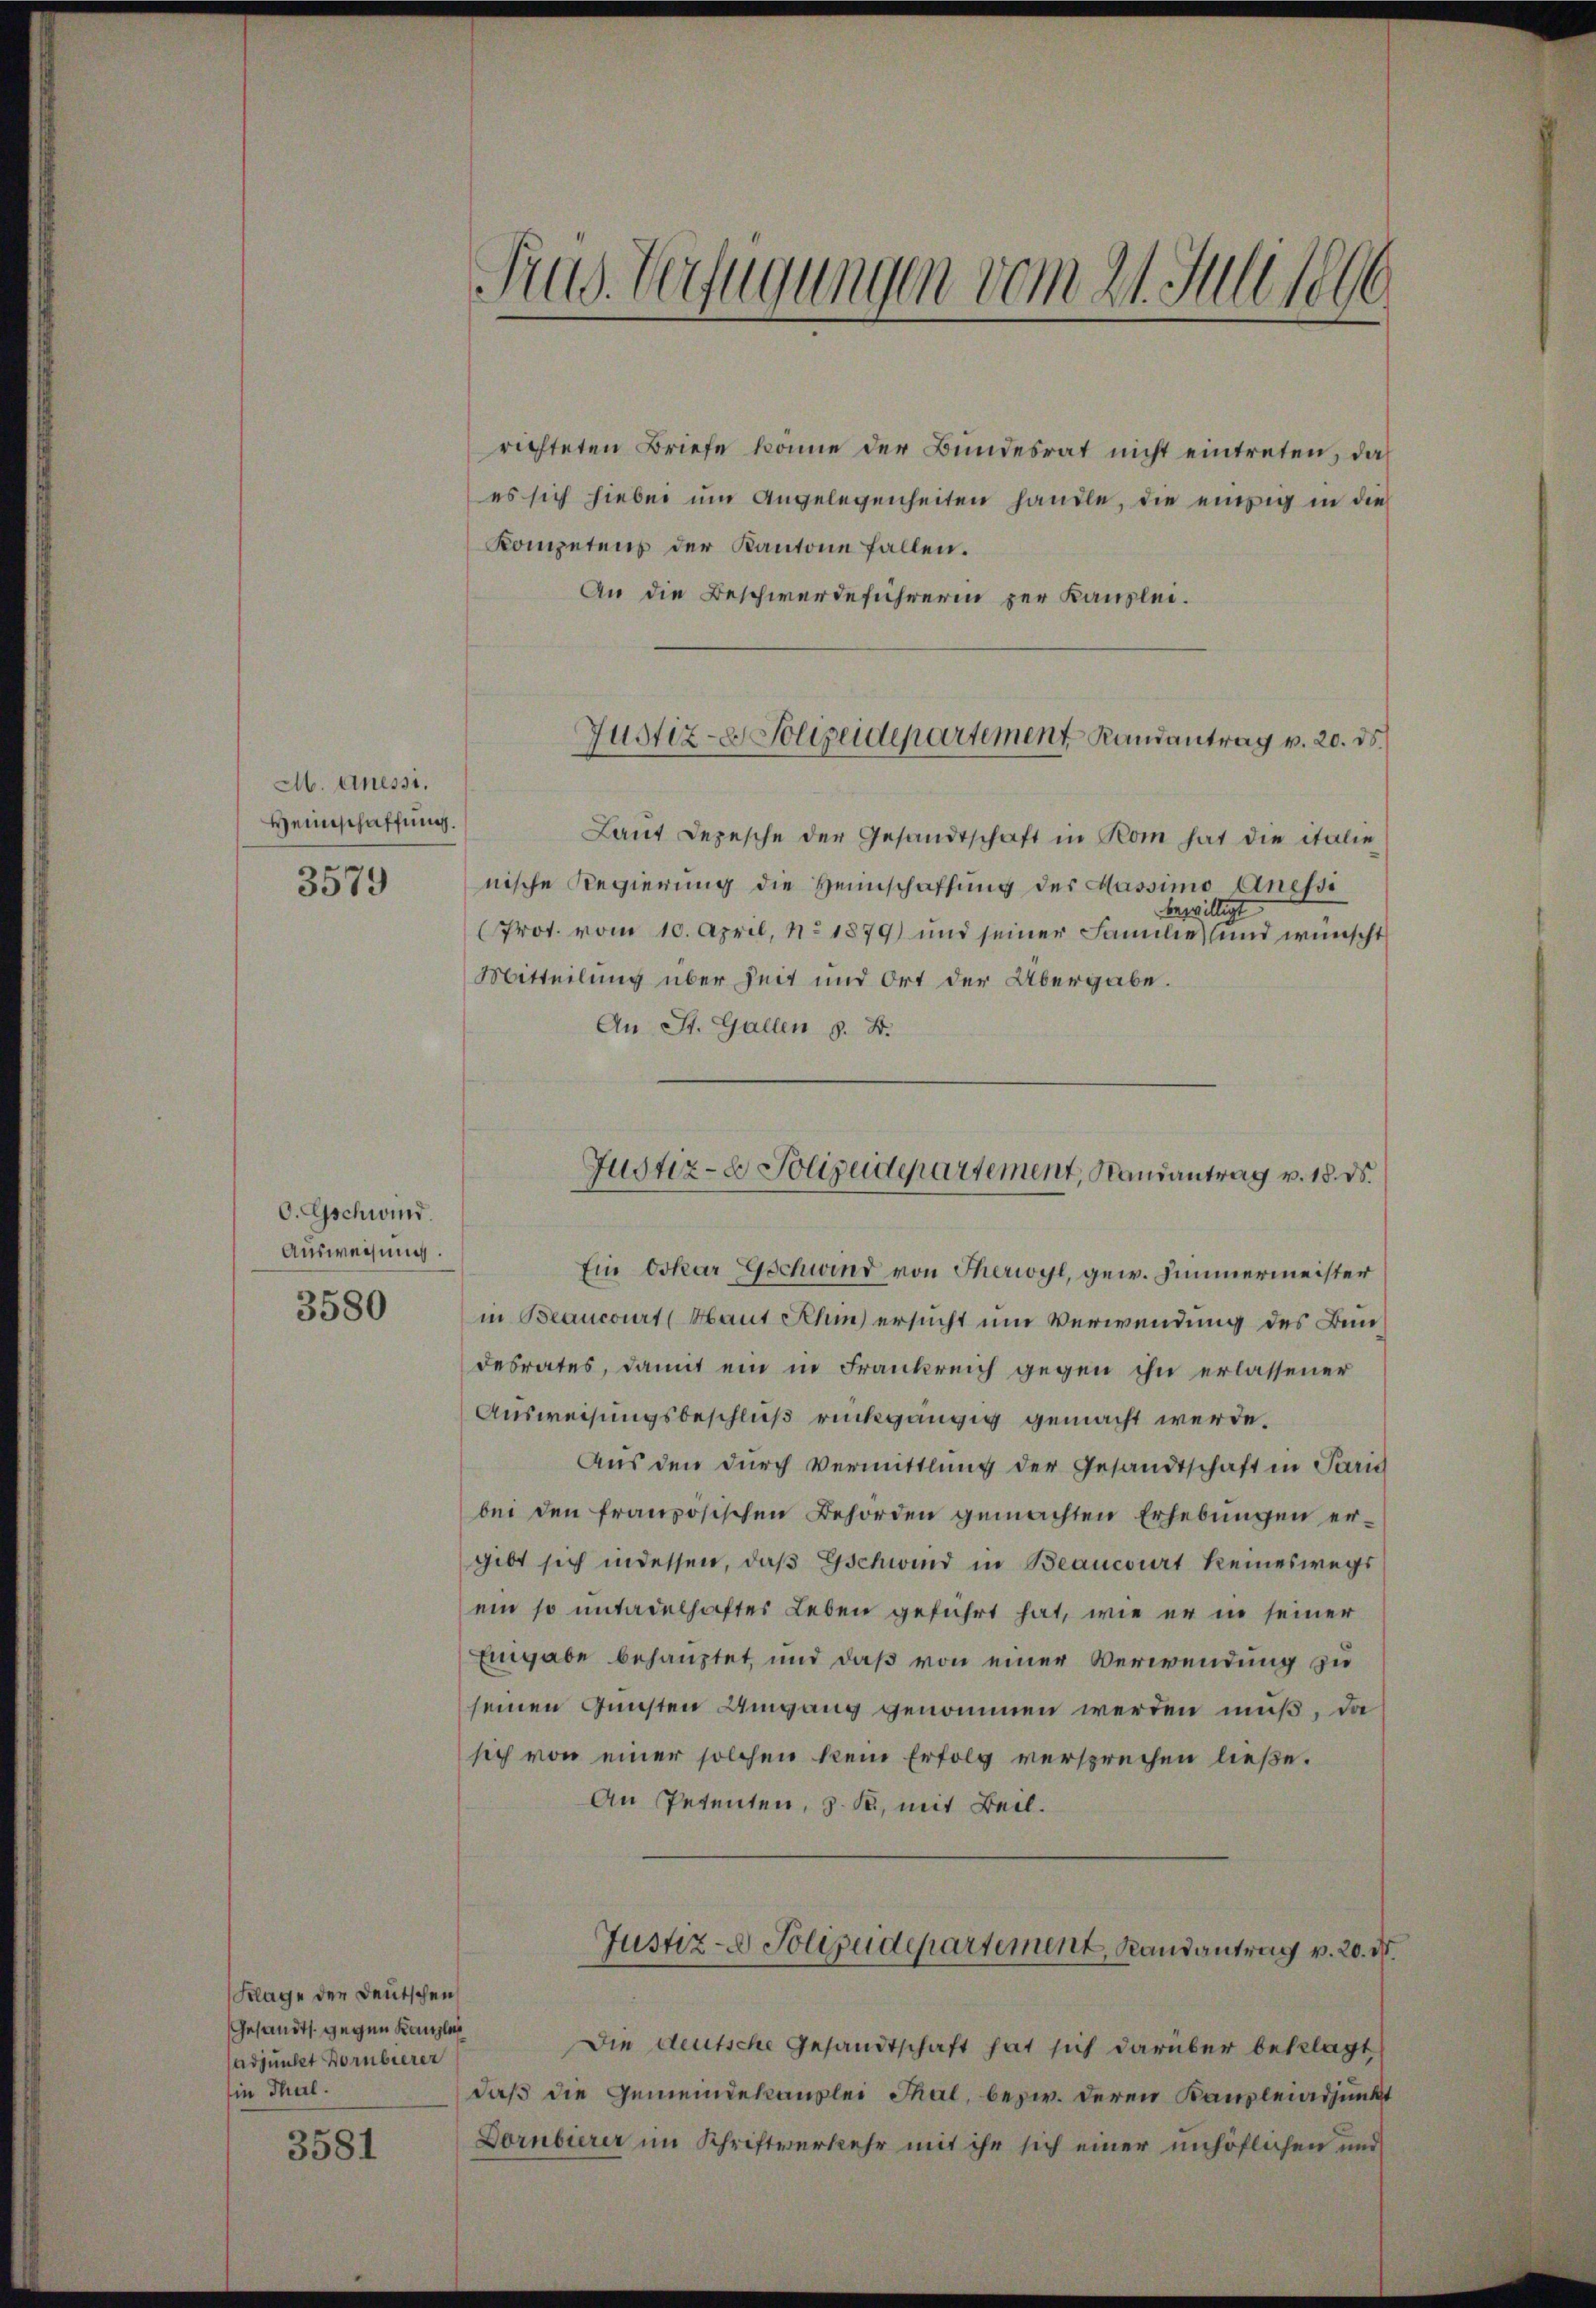
M. Anessi.
Weinschaffung.
3579

O. Gschwind
Ausweisung.
3580

Klage der Deutschen
Gesandts gegen Kanzlei
adjunct Hornbierer
in Thul.

3581

Srug. Verfügungen vom 21. Juli 1890

richteten Briefe könne der Bundesrat nicht eintreten, daß
es sich hiebei um Angelegenheiten handle, die einzig in die
Kompetens der Kantone fallen.
An die Beschwerdeführerin per Kanzlei.

Justiz- & Polizeidepartement Randantrag v. 20. ds.

Laut Depesche der Gesandtschaft in Rom hat die italie
nische Regierung die Heimschaffung des Massimo Anessi
bewilligt
Prot. vom 10. April, No 1879) und seiner Familie und wünscht
Mitteilung über Zeit und Ort der Übergabe.
An St. Gallen z. B.

Justiz- & Polizeidepartement, Kausantrag v. 18. ds.

Ein Oskar Gschwind von Therwyl, gew. Zimmermeister
in Beancourt (Haut Khin) ersucht um Verwendung des Bundesrates, damit ein in Frankreich gegen ihn erlassener
Ausweisungsbeschluß rückgängig gemacht werde.
Aus den durch Vermittlung der Gesandtschaft in Paris
bei den französischen Behörden gemachten Erhebungen ergibt sich indessen, daβ Gschwind in Beancourt keineswegs
ein so untadelhaftes Leben geführt hat, wie er in seiner
Eingabe behauptet, und daß von einer Verwendung zu
seinen Gunsten Umgang genommen werden muß, da
sich von einer solchen kein Erfolg versprechen ließe.
An Petenten, z. R., mit Beil.
Justiz- & Polizeidepartement, Randantrag v. 20. N
Die deutsche Gesandtschaft hat sich darüber beklagt
daß die Gemeindekanzlei Thal, bezw. deren Kanzleiadjunkt
Dornbierer im Schriftverkehr mit ihr sich einer unhöflichen und